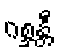
ဂစ္ဆန္တီ